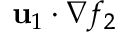
\mathbf { u } _ { 1 } \cdot \nabla f _ { 2 }